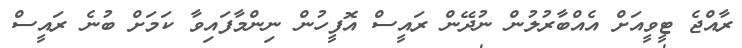
ރާއްޖެ ޓީވީއަށް އެއްބާރުލުން ނުދޭން ރައީސް އޮފީހުން ނިންމާފައިވާ ކަމަށް ބުނެ ރައީސް